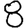
Digit: 8